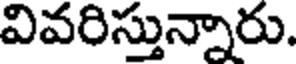
వివరిస్తున్నారు.